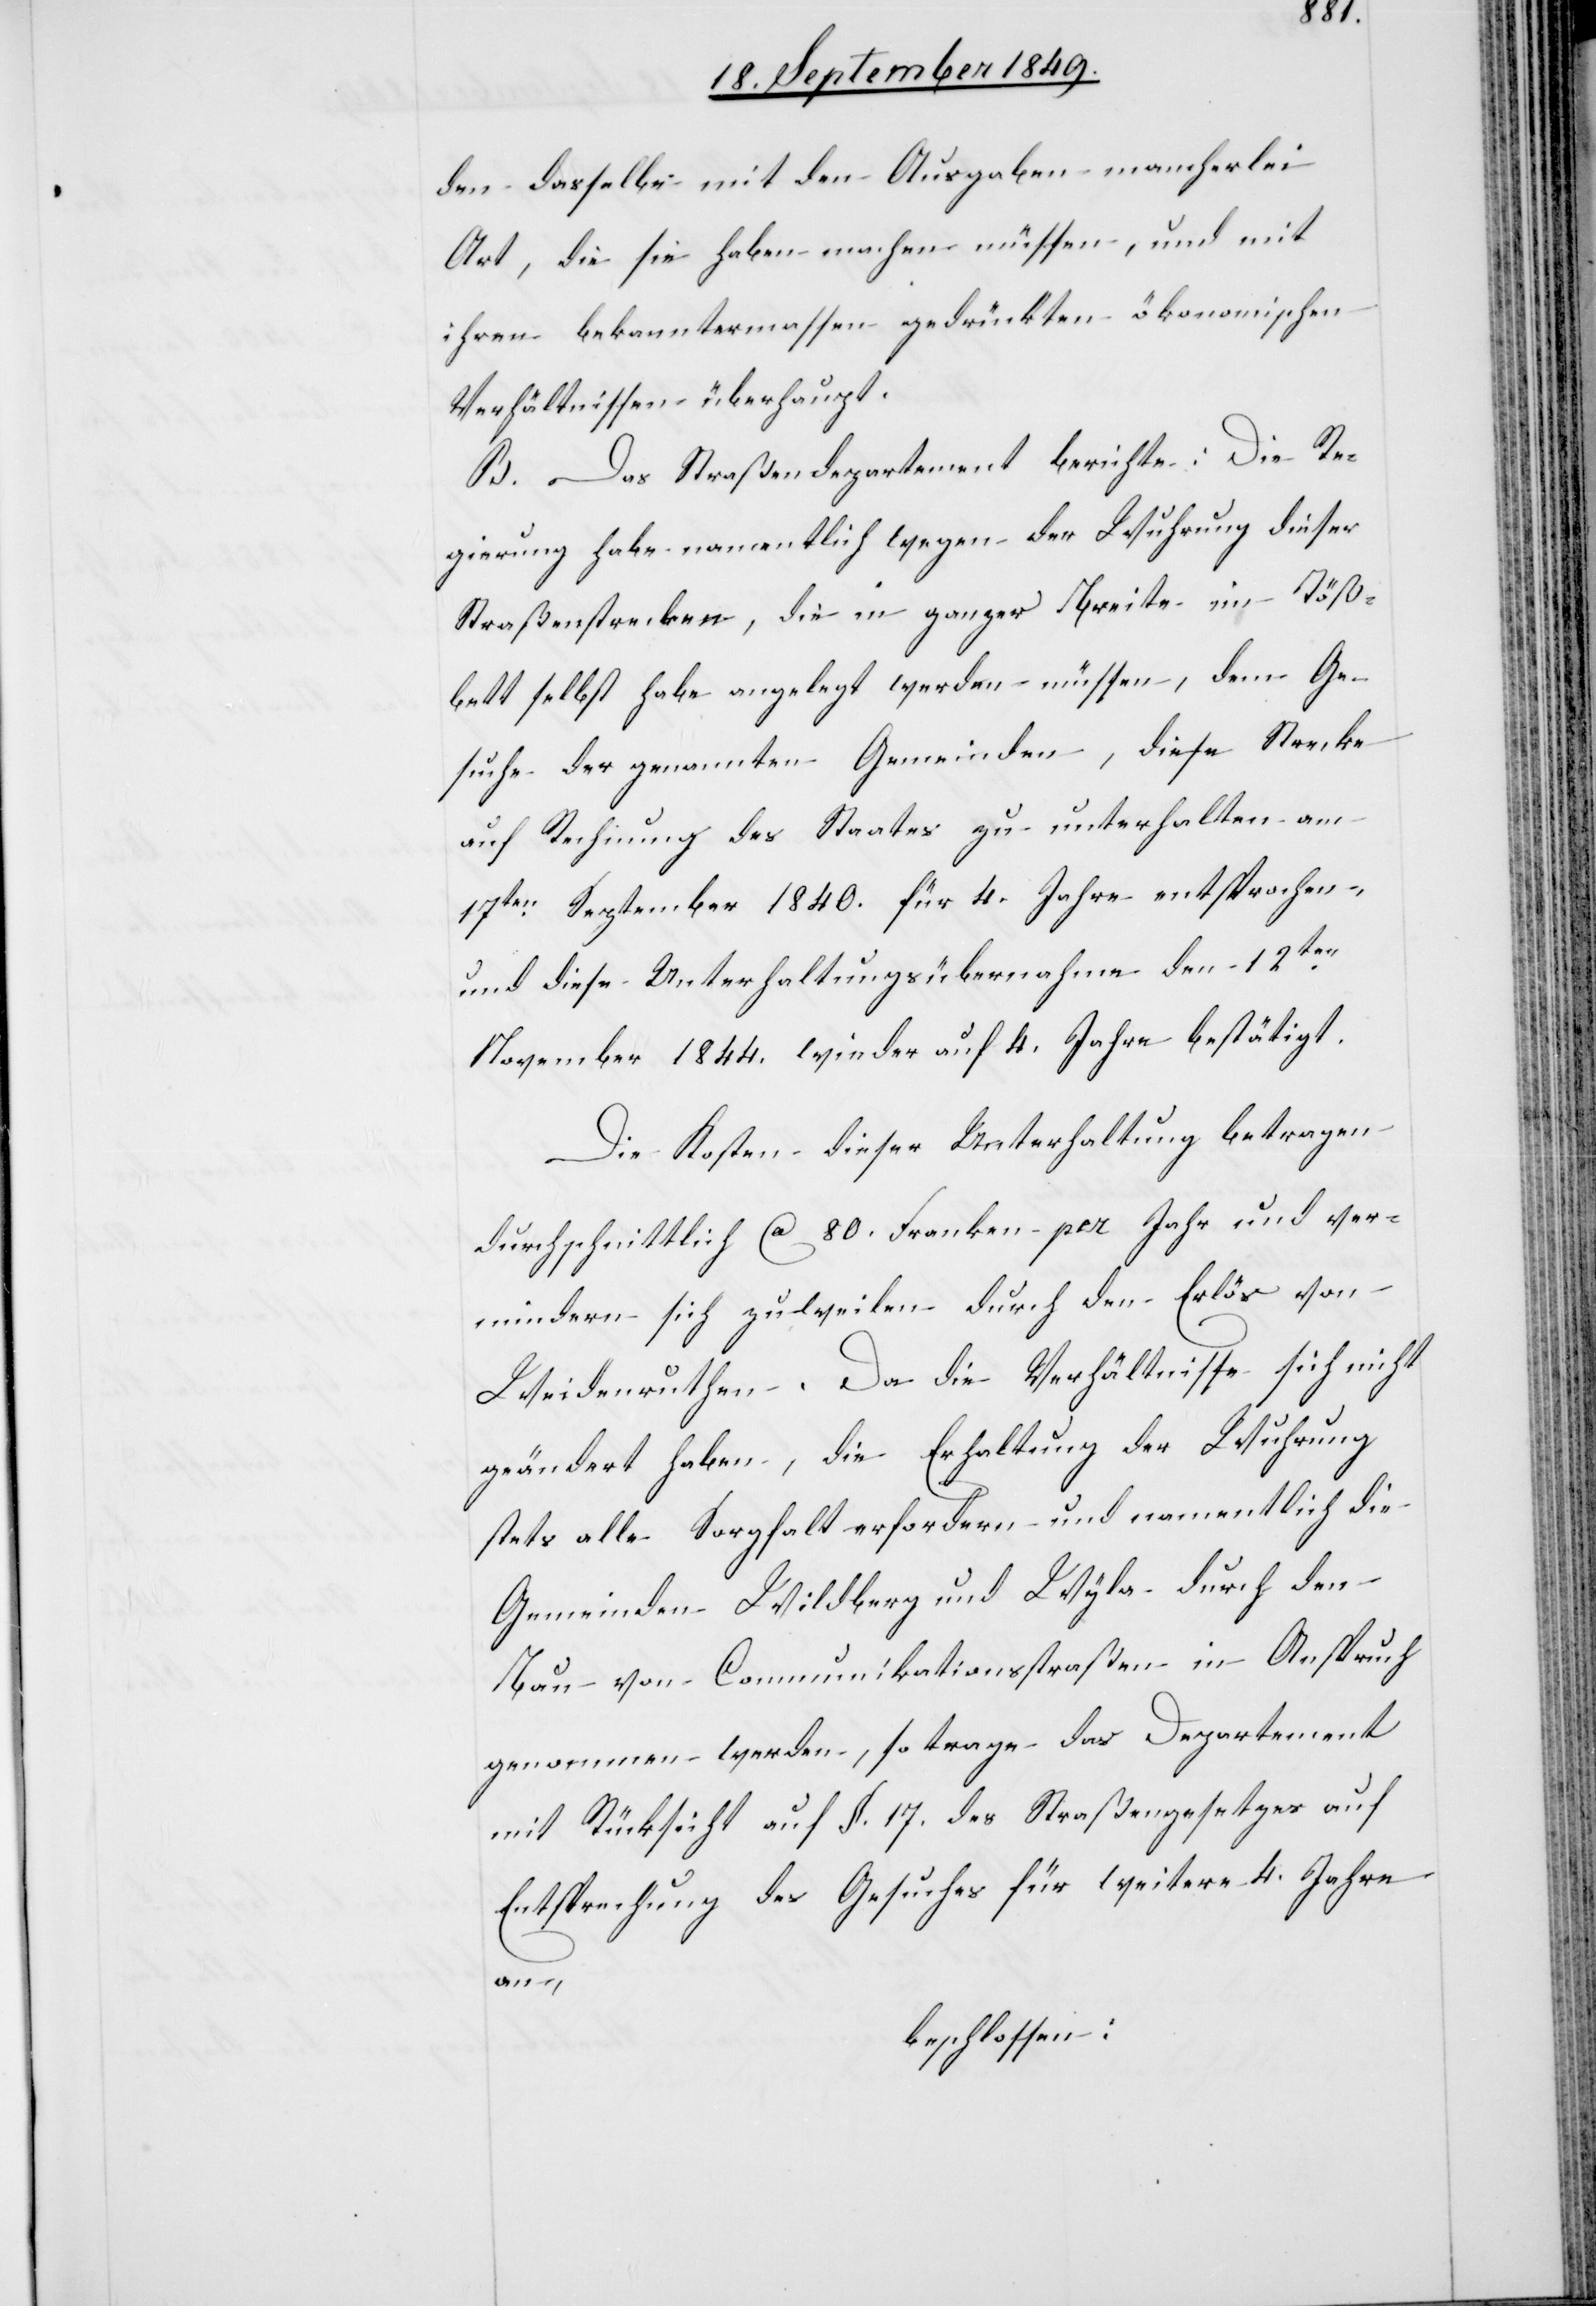
den dasselbe mit den Ausgaben mancherlei
Art, die sie haben machen müssen, und mit
ihren bekanntermassen gedrückten ökonomischen
Verhältnisse überhaupt.
B. Das Straßendepartement berichte: Die Re¬
gierung habe namentlich wegen der Wuhrung dieser
Straßenstrecken, die in ganzer Breite im Töß¬
bett selbst habe angelegt werden müssen, dem Ge¬
suche der genannten Gemeinden, diese Strecke
auf Rechnung des Staates zu unterhalten am
17ten September 1840. für 4. Jahre entsprochen,
und diese Unterhaltungsübernahme den 12ten
November 1844. wieder auf 4. Jahre bestätigt.
Die Kosten dieser Unterhaltung betragen
durchschnittlich ca 80. Franken per Jahr und ver¬
mindern sich zuweilen durch den Erlös von
Weidenruthen. Da die Verhältnisse sich nicht
geändert haben, die Erhaltung der Wuhrung
stets alle Sorgfalt erfordern [sic!] und namentlich die
Gemeinden Wildberg und Wyla durch den
Bau von Communikationsstraßen in Anspruch
genommen werden, so trage das Departement
mit Rücksicht auf §. 17. des Straßengesetzes auf
Entsprechung des Gesuches für weitere 4. Jahre
an,
beschlossen: